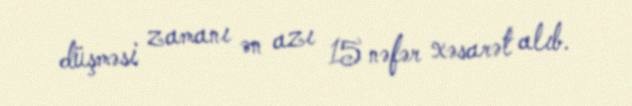
düşməsi zamanı ən azı 15 nəfər xəsarət alıb.